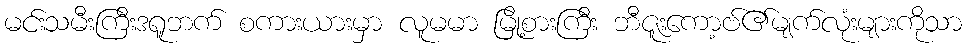
မင်းသမီးကြီးဒရူဘက် စကားယားမှာ လူမမာ မြို့စားကြီး ဘီဇူးကော့ဗ်၏မျက်လုံးများကိုသာ